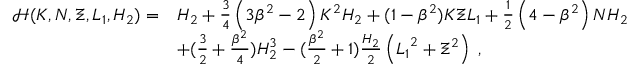
\begin{array} { r l } { \mathcal { H } ( K , N , \Xi , L _ { 1 } , H _ { 2 } ) = } & { H _ { 2 } + \frac { 3 } { 4 } \left( 3 \beta ^ { 2 } - 2 \right) K ^ { 2 } H _ { 2 } + ( 1 - \beta ^ { 2 } ) K \Xi L _ { 1 } + \frac { 1 } { 2 } \left( 4 - \beta ^ { 2 } \right) N H _ { 2 } } \\ & { + ( \frac { 3 } { 2 } + \frac { \beta ^ { 2 } } { 4 } ) H _ { 2 } ^ { 3 } - ( \frac { \beta ^ { 2 } } { 2 } + 1 ) \frac { H _ { 2 } } { 2 } \left( { L _ { 1 } } ^ { 2 } + { \Xi } ^ { 2 } \right) \; , } \end{array}